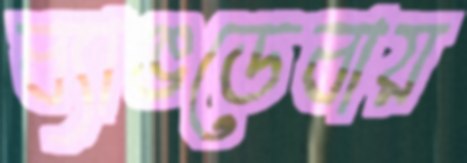
ব্যাঙডেবায়